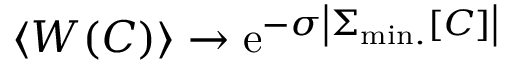
\left< W ( C ) \right> \to \mathrm { e } ^ { - \sigma \left| \Sigma _ { \mathrm { m i n . } } [ C ] \right| }